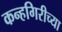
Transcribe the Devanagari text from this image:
कन्हगिरीच्या